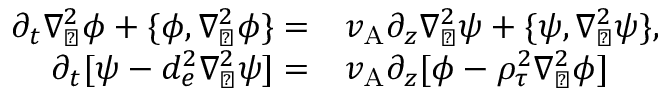
\begin{array} { r l } { \partial _ { t } \nabla _ { \perp } ^ { 2 } \phi + \{ \phi , \nabla _ { \perp } ^ { 2 } \phi \} = } & { { } v _ { \mathrm { A } } \partial _ { z } \nabla _ { \perp } ^ { 2 } \psi + \{ \psi , \nabla _ { \perp } ^ { 2 } \psi \} , } \\ { \partial _ { t } [ \psi - d _ { e } ^ { 2 } \nabla _ { \perp } ^ { 2 } \psi ] = } & { { } v _ { \mathrm { A } } \partial _ { z } [ \phi - \rho _ { \tau } ^ { 2 } \nabla _ { \perp } ^ { 2 } \phi ] } \end{array}